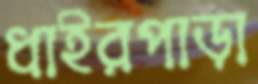
ধাইরপাড়া